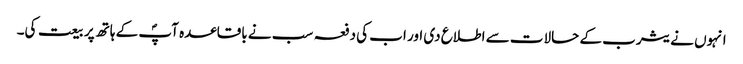
انہوں نے یثرب کے حالات سے اطلاع دی اور اب کی دفعہ سب نے باقاعدہ آپؐ کے ہاتھ پر بیعت کی۔